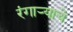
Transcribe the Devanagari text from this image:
रंगाऱ्याचे